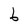
Character: b